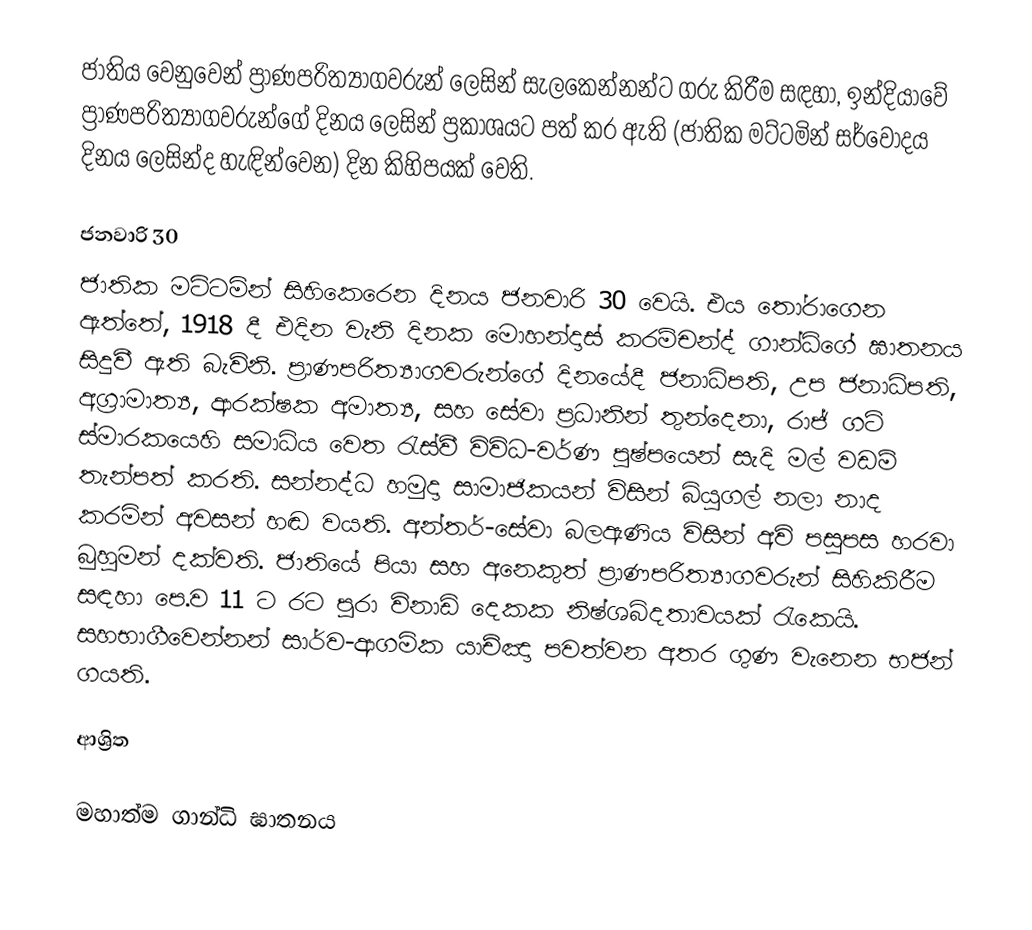
ජාතිය වෙනුවෙන් ප්‍රාණපරිත්‍යාගවරුන් ලෙසින් සැලකෙන්නන්ට ගරු කිරීම සඳහා, ඉන්දියාවේ ප්‍රාණපරිත්‍යාගවරුන්ගේ දිනය ලෙසින් ප්‍රකාශයට පත් කර ඇති (ජාතික මට්ටමින්  සර්වෝදය දිනය ලෙසින්ද හැඳින්වෙන) දින කිහිපයක් වෙති.

ජනවාරි 30
ජාතික මට්ටමින් සිහිකෙරෙන දිනය ජනවාරි 30 වෙයි. එය තෝරාගෙන ඇත්තේ, 1918 දී එදින වැනි දිනක මොහන්දාස් කරම්චන්ද් ගාන්ධිගේ ඝාතනය සිදුවී ඇති බැවිනි.   ප්‍රාණපරිත්‍යාගවරුන්ගේ දිනයේදී  ජනාධිපති, උප ජනාධිපති, අග්‍රාමාත්‍ය, ආරක්ෂක අමාත්‍ය, සහ සේවා ප්‍රධානින්  තුන්දෙනා,  රාජ් ගට් ස්මාරකයෙහි  සමාධිය වෙත රැස්වී විවිධ-වර්ණ පුෂ්පයෙන් සැදි මල් වඩම් තැන්පත් කරති. සන්නද්ධ හමුදා සාමාජිකයන් විසින්  බියුගල් නලා නාද කරමින් අවසන් හඬ වයති. අන්තර්-සේවා බලඇණිය විසින් අවි පසුපස හරවා බුහුමන් දක්වති. ජාතියේ පියා සහ අනෙකුත් ප්‍රාණපරිත්‍යාගවරුන් සිහිකිරීම සඳහා පෙ.ව 11 ට රට පුරා විනාඩි දෙකක නිෂ්ශබ්දතාවයක් රැකෙයි. සහභාගීවෙන්නන් සාර්ව-ආගමික යාච්ඤා පවත්වන අතර ගුණ වැනෙන භජන්  ගයති.

ආශ්‍රිත

මහාත්ම ගාන්ධි ඝාතනය